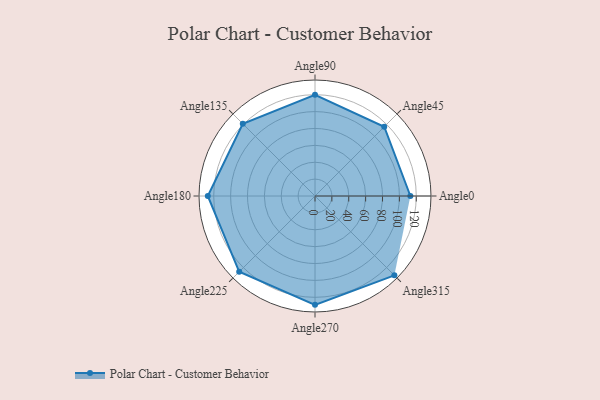
{"axis": {"x": "Angle", "y": "Radius"}, "legend": [""], "data": [{"x": "Angle0", "y": 113.0, "type": ""}, {"x": "Angle45", "y": 116.0, "type": ""}, {"x": "Angle90", "y": 120.0, "type": ""}, {"x": "Angle135", "y": 121.0, "type": ""}, {"x": "Angle180", "y": 127.0, "type": ""}, {"x": "Angle225", "y": 127.0, "type": ""}, {"x": "Angle270", "y": 129.0, "type": ""}, {"x": "Angle315", "y": 133.0, "type": ""}]}